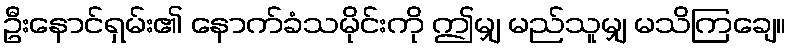
ဦးနောင်ရှမ်း၏ နောက်ခံသမိုင်းကို ဤမျှ မည်သူမျှ မသိကြချေ။